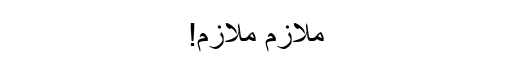
ملازم ملازم!